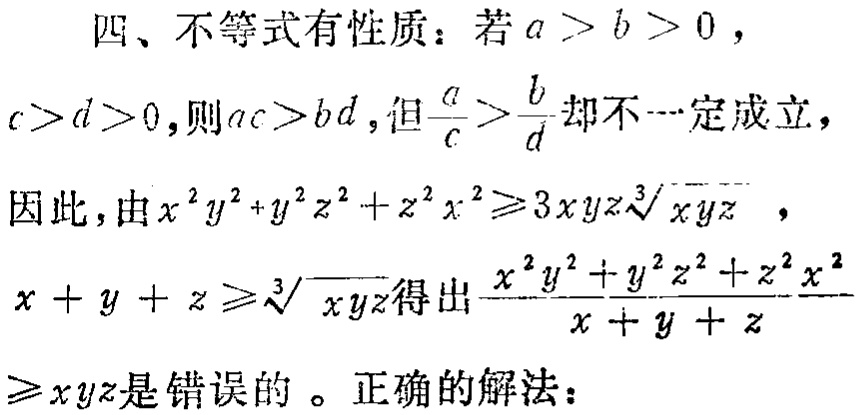
四、不等式有性质：若\(a > b > 0\)，
\(c>d>0\)，则\(ac>bd\)，但\(\frac{a}{c}>\frac{b}{d}\)却不一定成立，
因此，由\(x^{2}y^{2}+y^{2}z^{2}+z^{2}x^{2}\geqslant3xyz\sqrt[3]{xyz}\)，
\(x + y + z\geqslant\sqrt[3]{xyz}\)得出\(\frac{x^{2}y^{2}+y^{2}z^{2}+z^{2}x^{2}}{x + y + z}\geqslant xyz\)是错误的 。正确的解法：